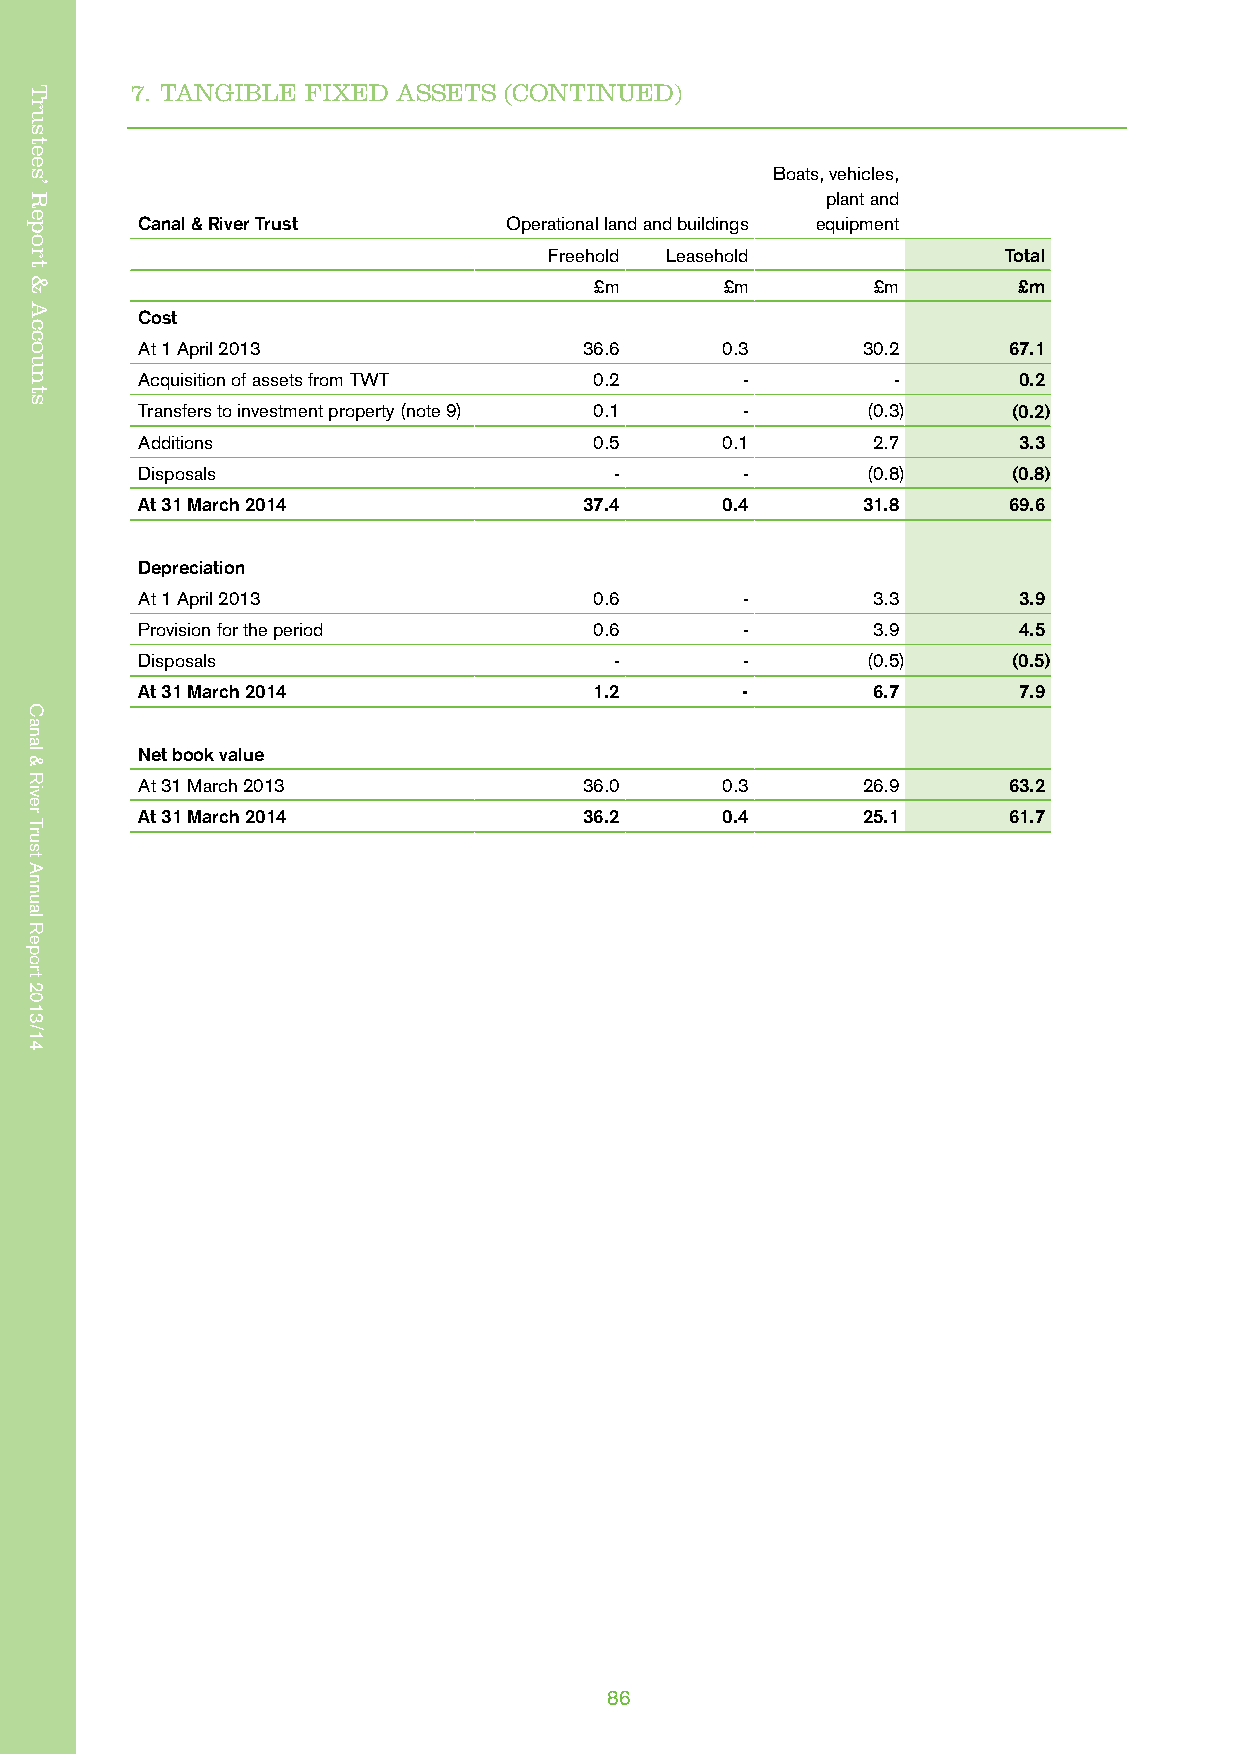
Trustees’ Report & Accounts
 7. TANGIBLE FIXED ASSETS (CONTINUED)
 Boats, vehicles,
 plant and
 Canal & River Trust     Operational land and buildings equipment
 Freehold Leasehold            Total
 £m       £m        £m       £m
 Cost
 At 1 April 2013               36.6     0.3      30.2      67.1
 Acquisition of assets from TWT 0.2      -         -       0.2
 Transfers to investment property (note 9) 0.1 - (0.3)     (0.2)
 Additions                     0.5      0.1       2.7      3.3
 Disposals                       -       -       (0.8)     (0.8)
 At 31 March 2014              37.4     0.4      31.8      69.6
 Depreciation
 At 1 April 2013               0.6       -        3.3      3.9
 Provision for the period      0.6       -        3.9      4.5
 Disposals                       -       -       (0.5)     (0.5)
 At 31 March 2014              1.2       -        6.7      7.9
 Net book value
 At 31 March 2013              36.0     0.3      26.9      63.2
 At 31 March 2014              36.2     0.4      25.1      61.7
 86
 Trustees’
 Report
 &
 Accounts
 Canal
 &
 River
 Trust
 Annual
 Report
 2013/14
 Canal
 &
 River
 Trust
 Annual
 Report
 2013/14